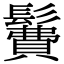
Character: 𩯃